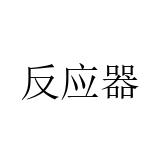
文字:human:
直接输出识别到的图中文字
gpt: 反应器